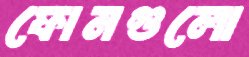
ফোনগুলো